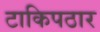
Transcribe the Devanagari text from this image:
टाकिपठार